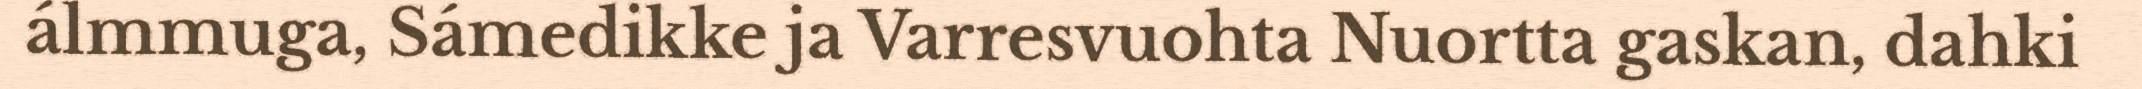
álmmuga, Sámedikke ja Varresvuohta Nuortta gaskan, dahki